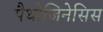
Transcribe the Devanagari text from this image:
पैथोजिनेसिस